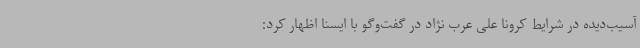
آسیب‌دیده در شرایط کرونا علی عرب نژاد در گفت‌وگو با ایسنا اظهار کرد: